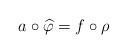
LaTeX: \begin{align*}a \circ \widehat{\varphi} = f \circ \rho\end{align*}